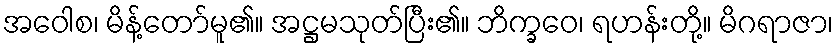
အဝေါစ၊ မိန့်တော်မူ၏။ အဋ္ဌမသုတ်ပြီး၏။ ဘိက္ခဝေ၊ ရဟန်းတို့။ မိဂရာဇာ၊